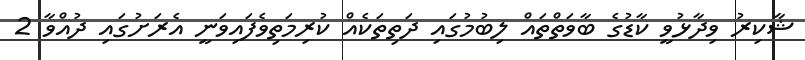
ޝާކިރު ވިދާޅުވީ ކާޑުގެ ބާވަތްތައް ލިބުމުގައި ދަތިތަކެއް ކުރިމަތިވެފައިވަނީ އެރަށުގައި ދުއްވާ 2